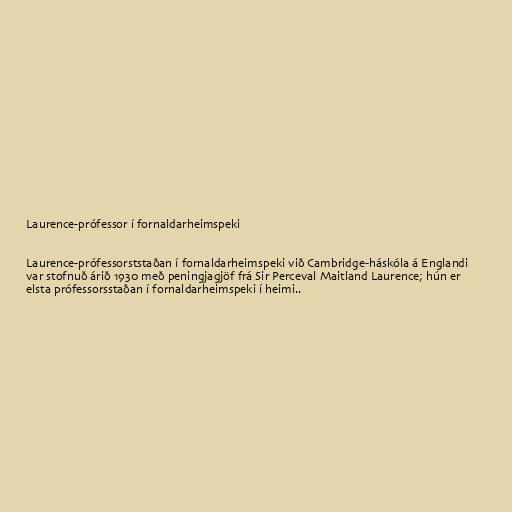
Laurence-prófessor í fornaldarheimspeki

Laurence-prófessorststaðan í fornaldarheimspeki við Cambridge-háskóla á Englandi
var stofnuð árið 1930 með peningjagjöf frá Sir Perceval Maitland Laurence; hún er
elsta prófessorsstaðan í fornaldarheimspeki í heimi..